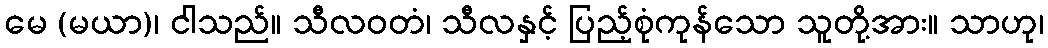
မေ (မယာ)၊ ငါသည်။ သီလဝတံ၊ သီလနှင့် ပြည့်စုံကုန်သော သူတို့အား။ သာဟု၊